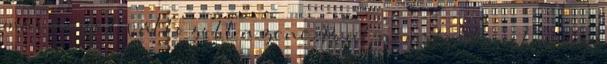
már nagyot változott a zene. Pont nemrég olvastam egy